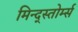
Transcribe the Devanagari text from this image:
मिन्द्स्तोर्म्स